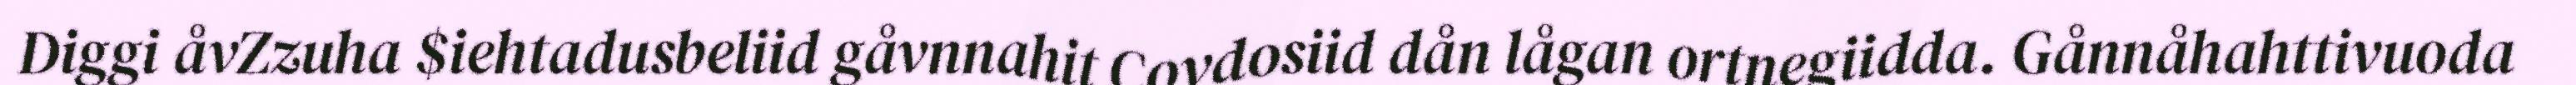
Diggi åvZzuha $iehtadusbeliid gåvnnahit Covdosiid dån lågan ortnegiidda. Gånnåhahttivuoda